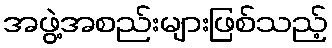
အဖွဲ့အစည်းများဖြစ်သည့်